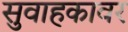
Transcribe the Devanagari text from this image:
सुवाहकावर